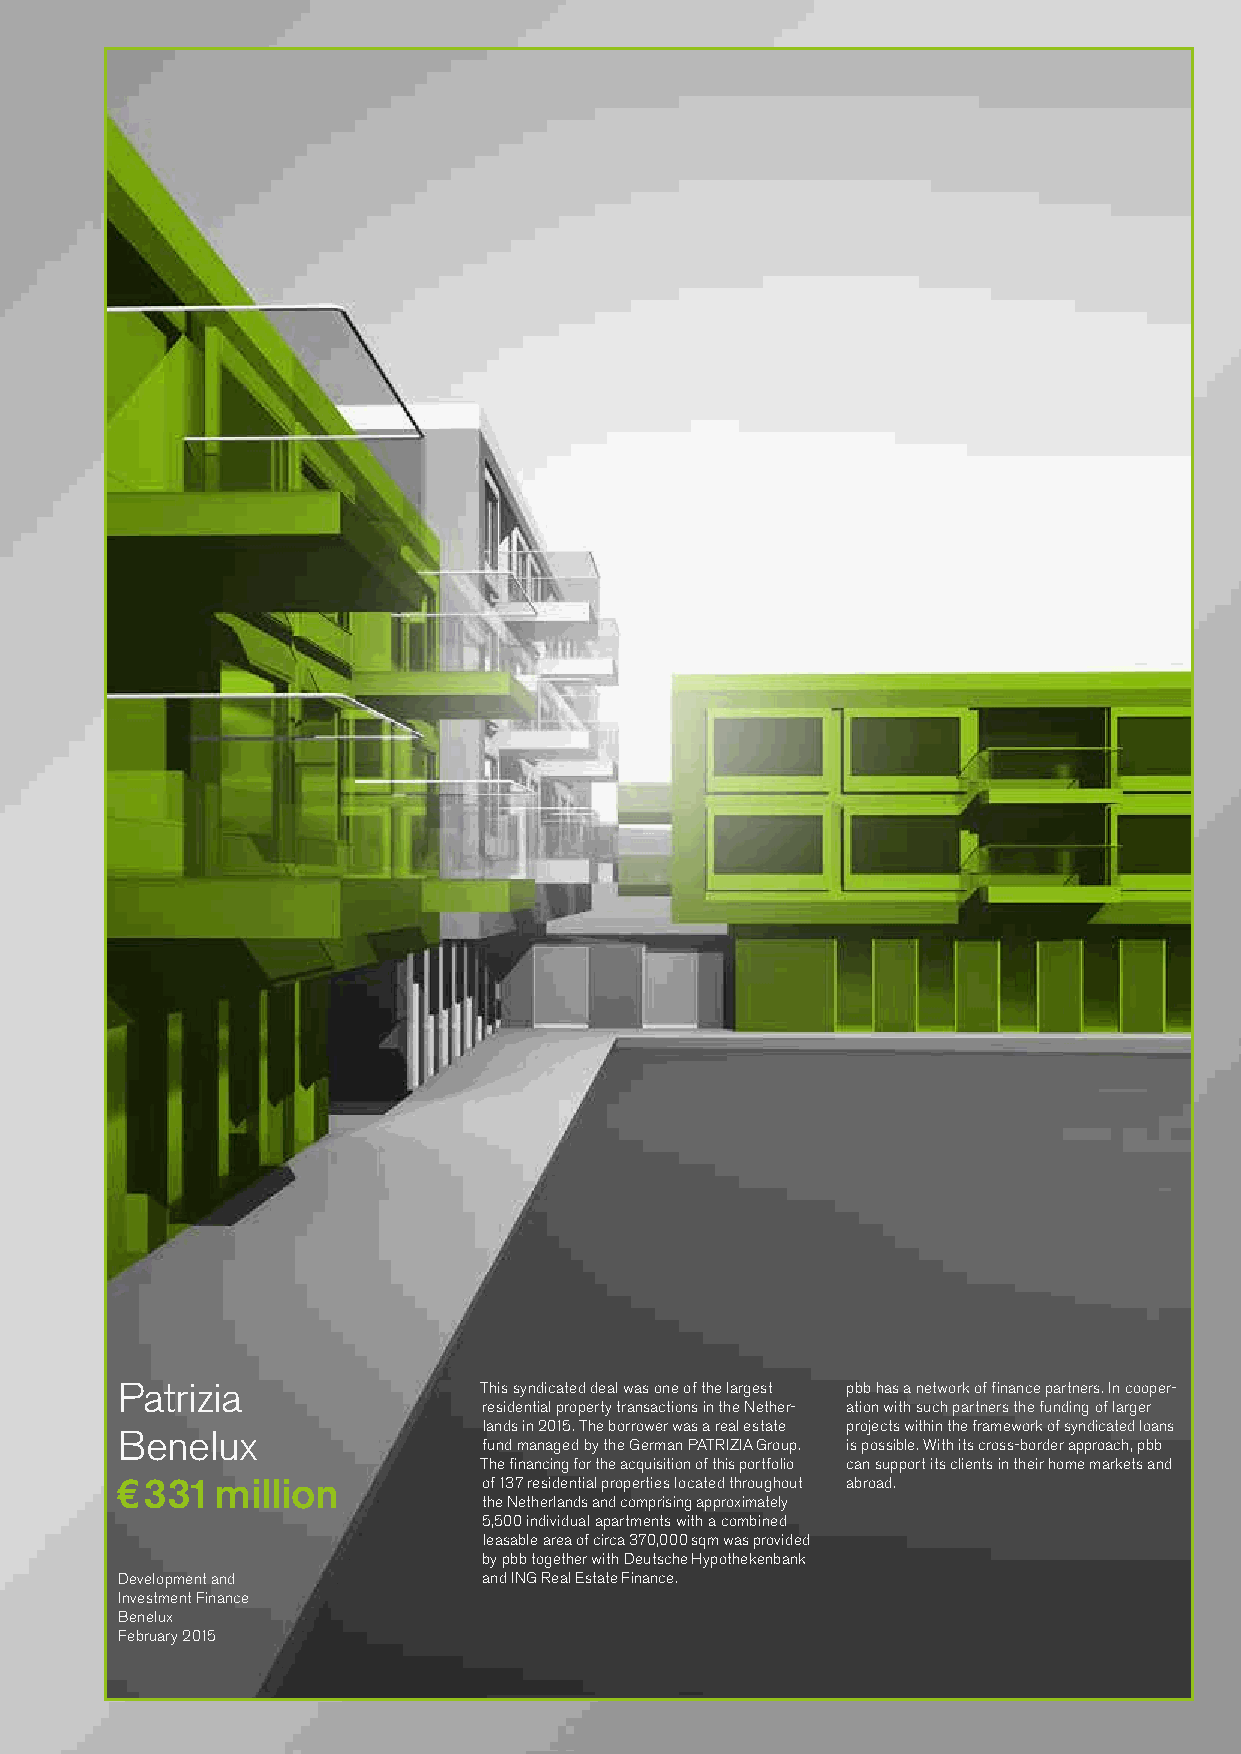
Patrizia                This syndicated deal was one of the largest pbb has a network of finance partners. In cooper-
 residential property transactions in the Nether- ation with such partners the funding of larger
 lands in 2015. The borrower was a real estate projects within the framework of syndicated loans
 Benelux
 fund managed by the German PATRIZIA Group. is possible. With its cross-border approach, pbb
 The financing for the acquisition of this portfolio can support its clients in their home markets and
 €331  million           of 137 residential properties located throughout abroad.
 the Netherlands and comprising approximately
 5,500 individual apartments with a combined
 leasable area of circa 370,000 sqm was provided
 by pbb together with Deutsche Hypothekenbank
 Development and         and ING Real Estate Finance.
 Investment Finance
 Benelux
 February 2015